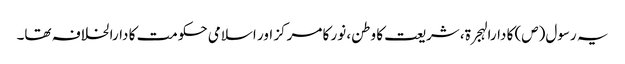
یہ رسول(ص) کا دارالہجرۃ، شریعت کا وطن، نور کا مرکز اور اسلامی حکومت کا دارالخلافہ تھا۔